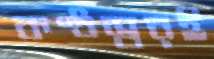
কণ্ঠস্বরই